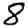
Digit: 8